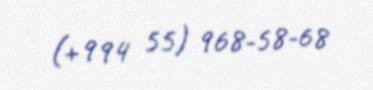
(+994 55) 968-58-68